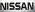
NISSAN